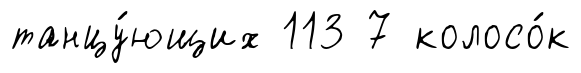
танцу́ющих 113 7 колосо́к